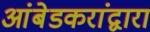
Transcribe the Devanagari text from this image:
आंबेडकरांद्वारा